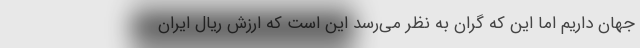
جهان داریم اما این که گران به نظر می‌رسد این است که ارزش ریال ایران